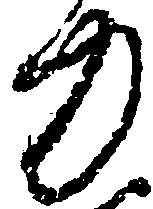
力